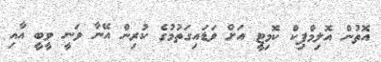
އޮތުން އޮލިމްޕިކް ކޮމިޓީ އަށް ވަޑައިގަތުމުގެ ކުރިން އޭނާ ވަނީ ވީބީ އާއި